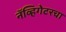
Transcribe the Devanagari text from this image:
नॅव्हिगेटरचा